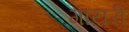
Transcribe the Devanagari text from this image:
गायरी